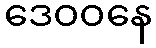
ဒေဝဝနေ